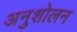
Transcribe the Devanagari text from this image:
अनुशोलन